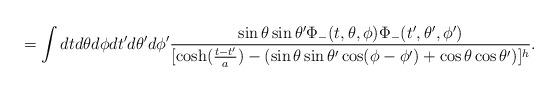
LaTeX: \begin{align*}= \int dt d\theta d\phi dt^{\prime} d\theta^{\prime} d\phi^{\prime}\frac{\sin\theta\sin\theta^{\prime}\Phi_{-}(t,\theta,\phi)\Phi_{-}(t^{\prime},\theta^{\prime},\phi^{\prime})}{[\cosh(\frac{t-t^{\prime}}{a}) -(\sin \theta \sin\theta^{\prime}\cos (\phi-\phi^{\prime}) + \cos \theta \cos \theta^{\prime})]^{h}}.\end{align*}